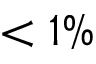
< 1 \%